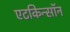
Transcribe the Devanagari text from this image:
एटकिन्सॉन